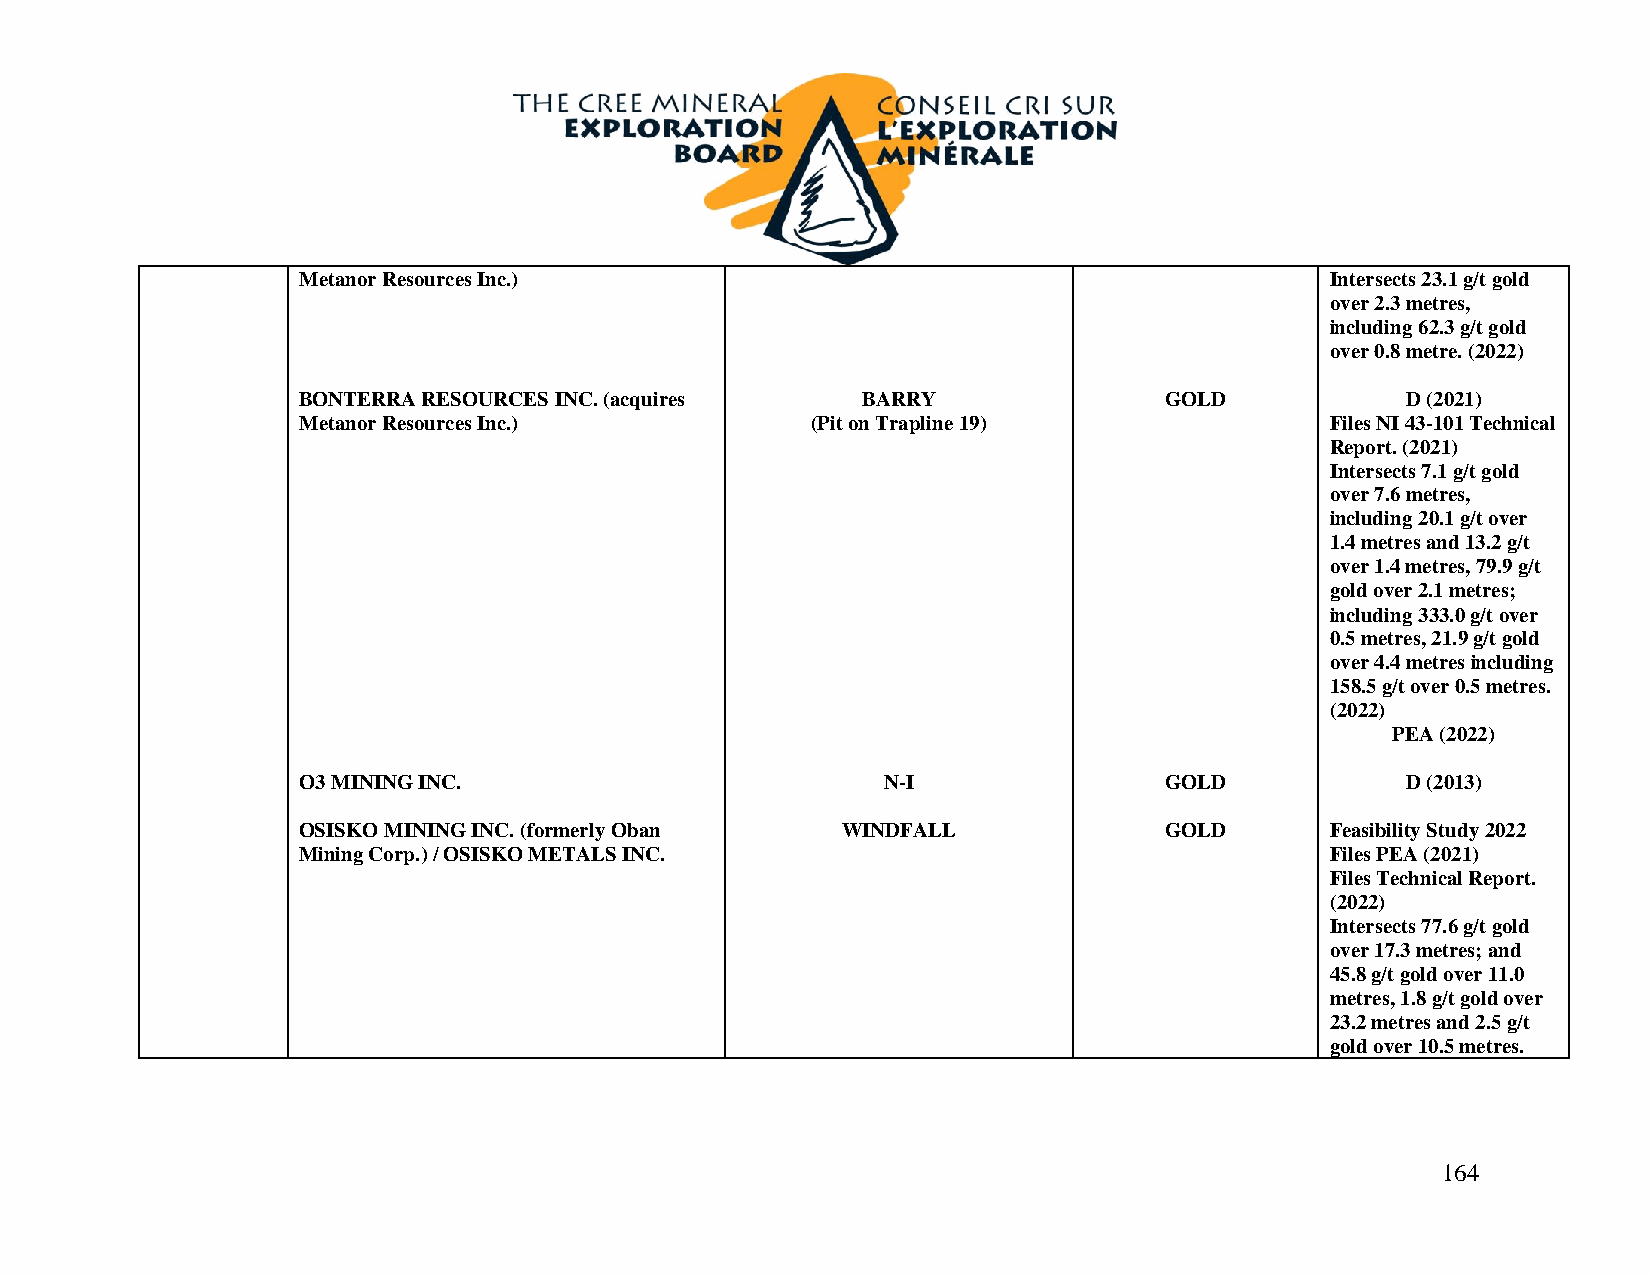
Metanor Resources Inc.)                                             Intersects 23.1 g/t gold
 over 2.3 metres,
 including 62.3 g/t gold
 over 0.8 metre. (2022)
 BONTERRA RESOURCES INC. (acquires    BARRY               GOLD            D (2021)
 Metanor Resources Inc.)           (Pit on Trapline 19)              Files NI 43-101 Technical
 Report. (2021)
 Intersects 7.1 g/t gold
 over 7.6 metres,
 including 20.1 g/t over
 1.4 metres and 13.2 g/t
 over 1.4 metres, 79.9 g/t
 gold over 2.1 metres;
 including 333.0 g/t over
 0.5 metres, 21.9 g/t gold
 over 4.4 metres including
 158.5 g/t over 0.5 metres.
 (2022)
 PEA (2022)
 O3 MINING INC.                         N-I               GOLD            D (2013)
 OSISKO MINING INC. (formerly Oban   WINDFALL             GOLD       Feasibility Study 2022
 Mining Corp.) / OSISKO METALS INC.                                  Files PEA (2021)
 Files Technical Report.
 (2022)
 Intersects 77.6 g/t gold
 over 17.3 metres; and
 45.8 g/t gold over 11.0
 metres, 1.8 g/t gold over
 23.2 metres and 2.5 g/t
 gold over 10.5 metres.
 164